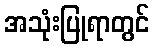
အသုံးပြုရာတွင်